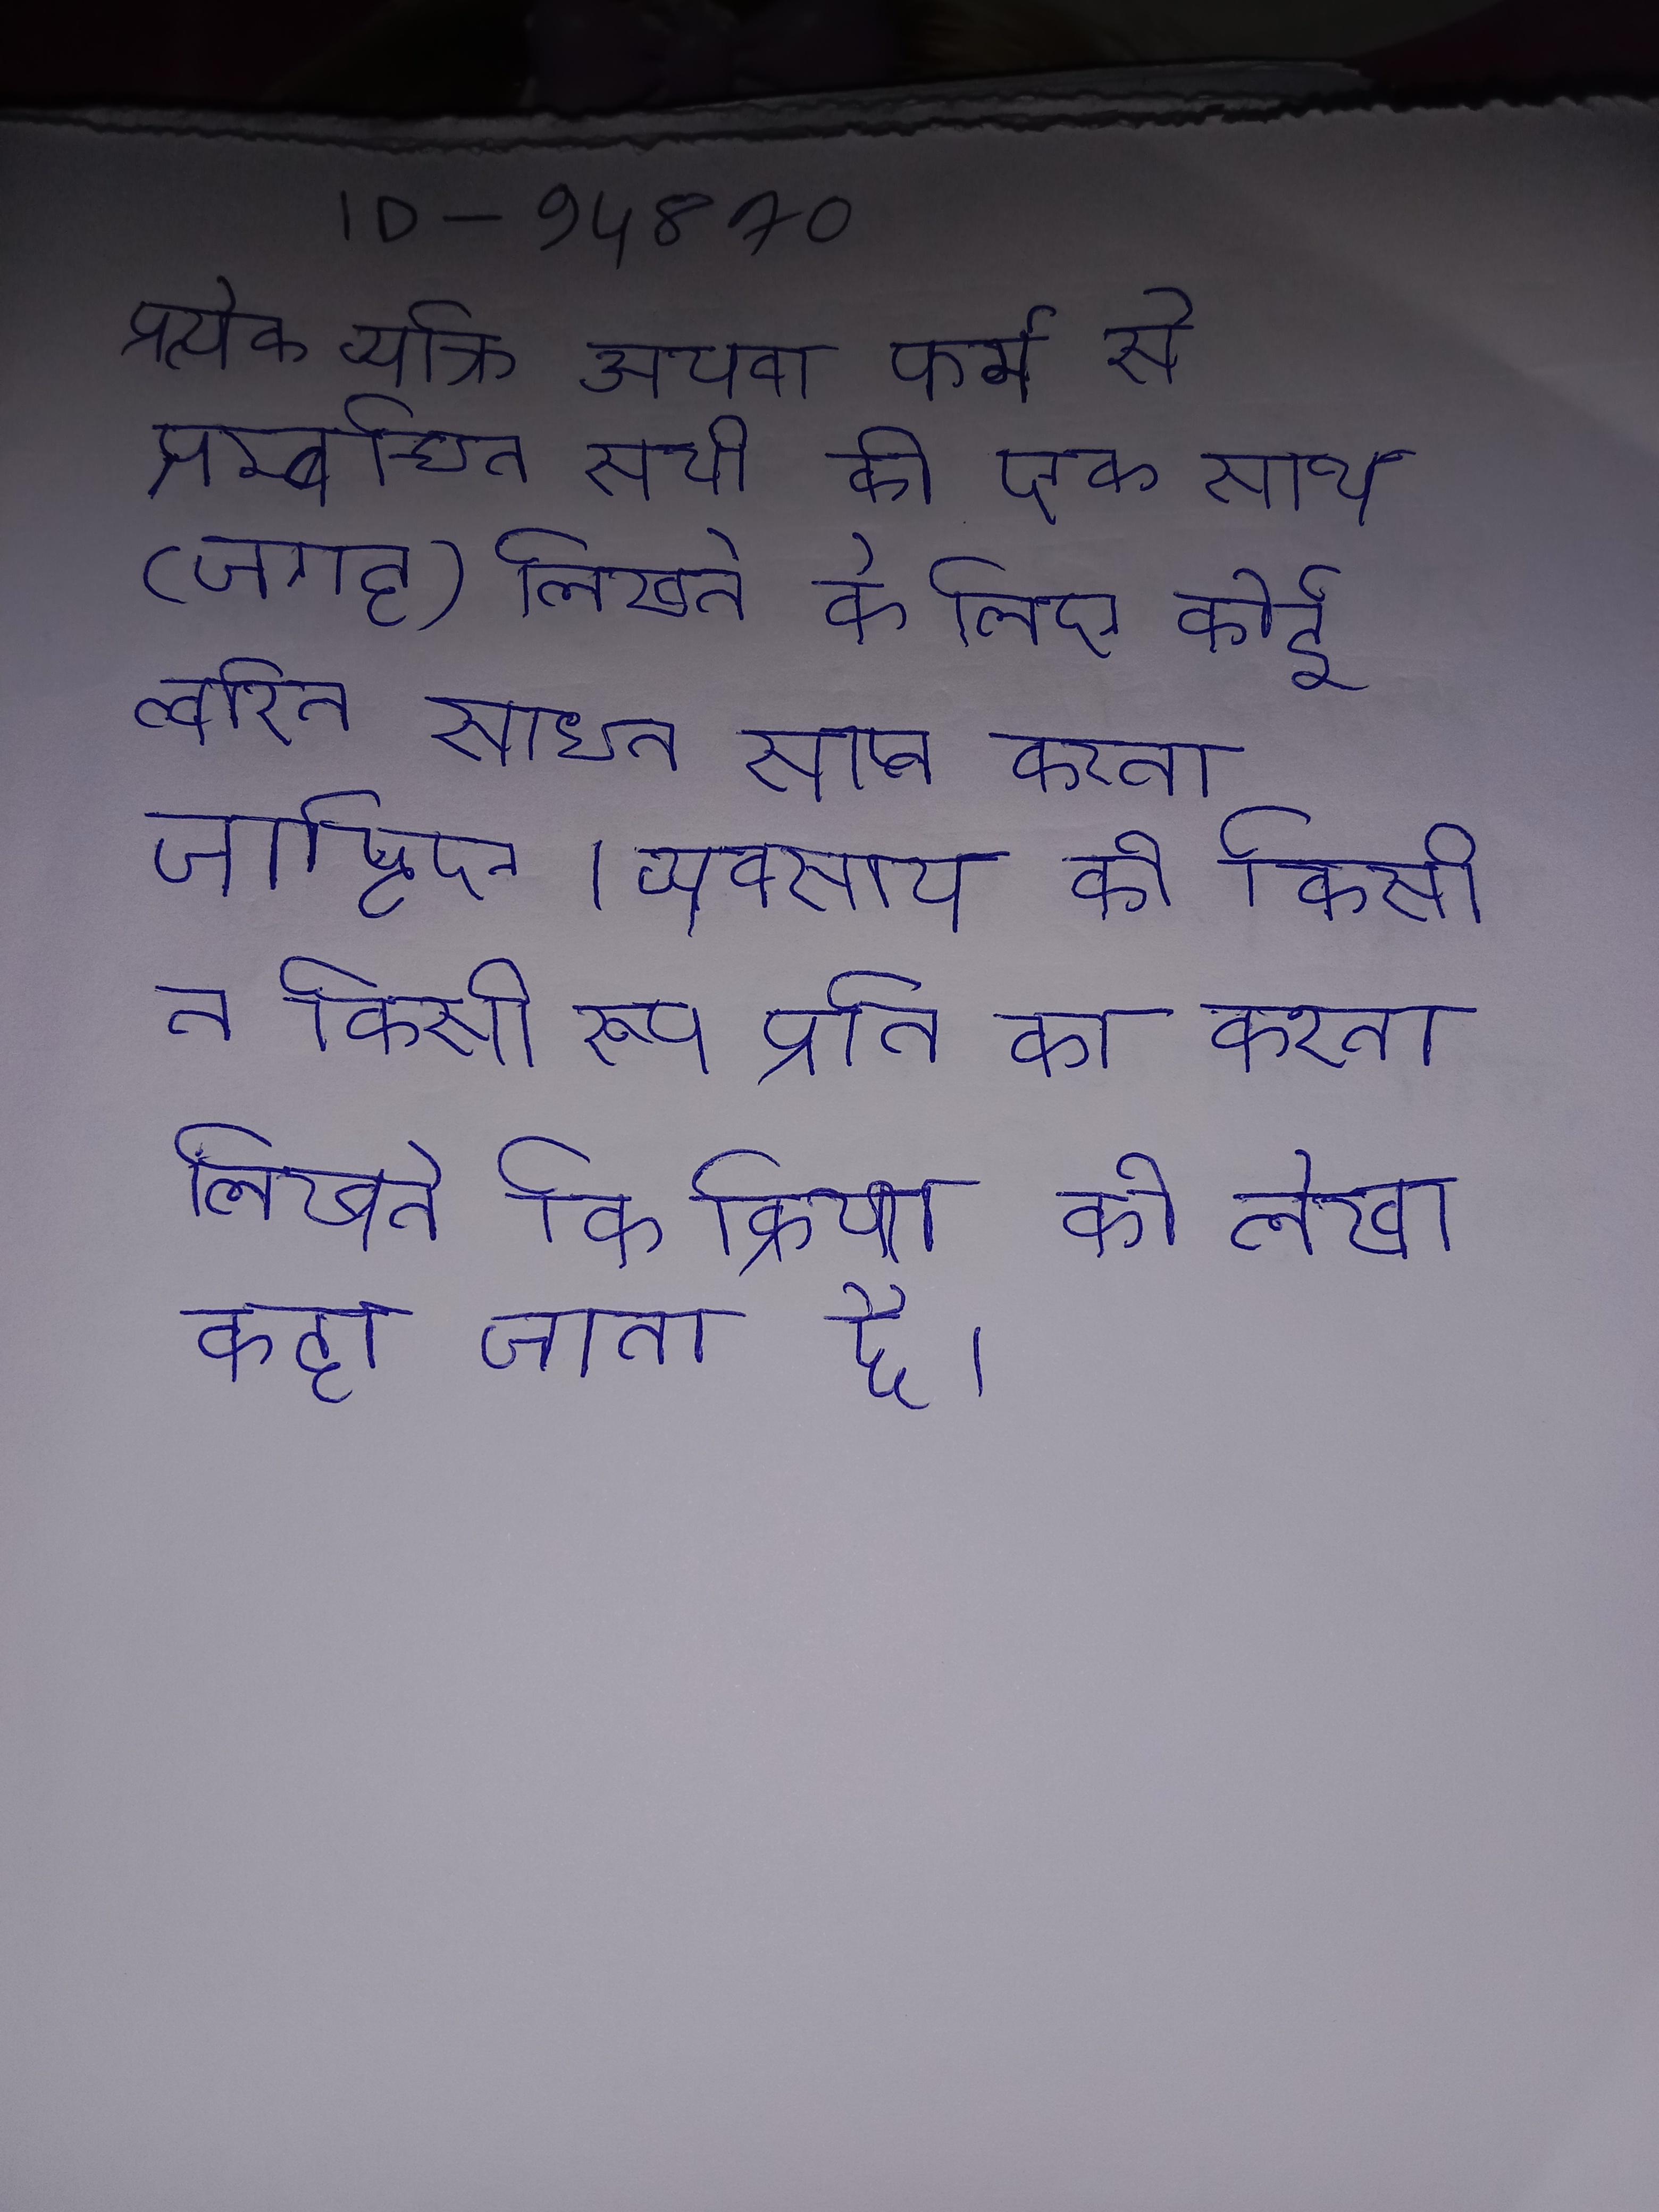
प्रत्येक व्यक्ति अथवा फर्म से सम्बन्धित सभी को एक साथ (जगह) लिखने के लिए कोई त्वरित साधन प्राप्त करना चाहिए । प्रत्येक व्यवसाय को किसी न किसी रूप इनके प्रति का निर्वाह करना चाहिए । प्रत्येक या व्यवहार को क्रमवार लिखने कि क्रिया को लेखा कहा जाता है ।